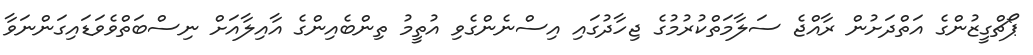
ޕޯޗްގީޒުންގެ އަތްދަށުން ރާއްޖެ ސަލާމަތްކުރުމުގެ ޖިހާދުގައި އިސްނެންގެވި އުތީމު ތިންބެއިންގެ އާއިލާއަށް ނިސްބަތްވެވަޑައިގަންނަވާ